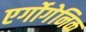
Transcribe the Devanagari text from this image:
एर्गोगेनिक